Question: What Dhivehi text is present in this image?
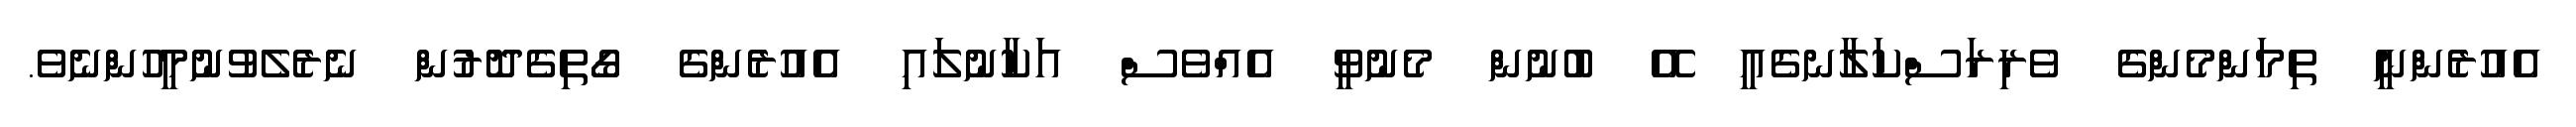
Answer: އެއުރެންނީ ތިމަންމެންގެ ވެރިރަސްކަލާނގެއީ އޭ ބުނުން މެނުވީ އެއްވެސް އަކާނުލައި އެއުރެންގެ ގޯތިގެދޮރުން ނެރެލެވުނުމީހުންނެވެ.